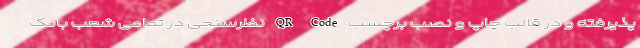
پذیرفته و در قالب چاپ و نصب برچسب QR Code نظرسنجی در تمامی شعب بانک